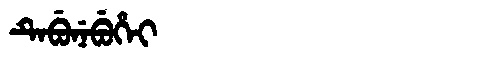
Manchu: ᡨᡝᠪᡠᠨᡝᠪᡠᡥᡝᡳ
Romanization: TEBUNEBUHEI